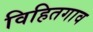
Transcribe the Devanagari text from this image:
विहितगाव